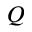
Q